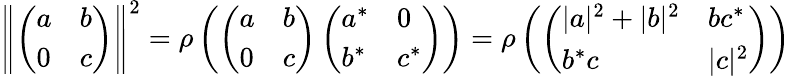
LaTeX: \left\| \left(\begin{array}{ll}{a}&{b}\\ {0}&{c}\end{array}\right)\right\| ^{2}=\rho\left(\left(\begin{array}{ll}{a}&{b}\\ {0}&{c}\end{array}\right)\left(\begin{array}{ll}{a^{*}}&{0}\\ {b^{*}}&{c^{*}}\end{array}\right)\right)=\rho\left(\left(\begin{array}{ll}{|a|^{2}+|b|^{2}}&{bc^{*}}\\ {b^{*}c}&{|c|^{2}}\end{array}\right)\right)